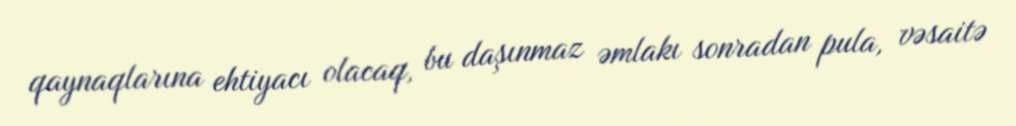
qaynaqlarına ehtiyacı olacaq, bu daşınmaz əmlakı sonradan pula, vəsaitə